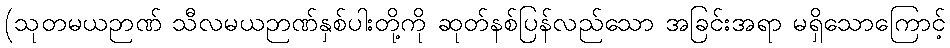
(သုတမယဉာဏ် သီလမယဉာဏ်နှစ်ပါးတို့ကို ဆုတ်နစ်ပြန်လည်သော အခြင်းအရာ မရှိသောကြောင့်